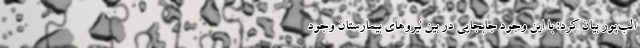
الب‌پور بیان کرد: با این وجود جابجایی در بین نیروهای بیمارستان وجود